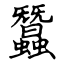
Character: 蠶